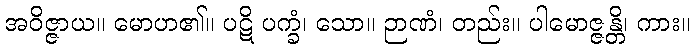
အဝိဇ္ဇာယ။ မောဟ၏။ ပဋိ ပက္ခံ၊ သော။ ဉာဏံ၊ တည်း။ ပါမောဇ္ဇန္တိ၊ ကား။